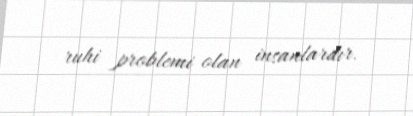
ruhi problemi olan insanlardır.